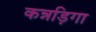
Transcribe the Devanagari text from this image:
कन्नड़िगा